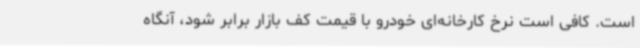
است. کافی است نرخ کارخانه‌ای خودرو با قیمت کف بازار برابر شود، آنگاه